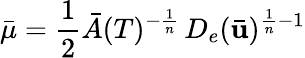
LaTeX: \bar{\mu}=\frac 12\bar{A}(T)^{-\frac{1}{n}}\, D_{e}(\mathbf{\bar{u}})^{\frac{1}{n}-1}